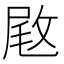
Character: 𢽙